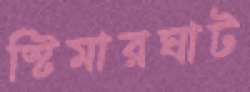
স্টিমারঘাট